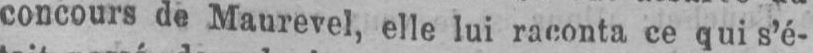
concours de Maurevel, elle lui raconta ce qui s’é-